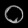
Digit: ၀